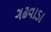
ગઢવાડા